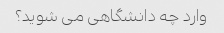
وارد چه دانشگاهی می شوید؟